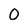
Character: 0